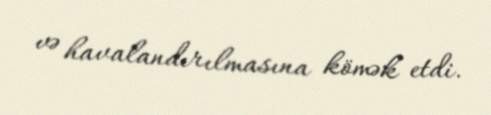
və havalandırılmasına kömək etdi.